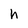
Character: h